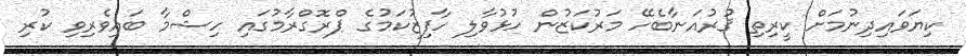
ކިޔަވައިދިނުމަށް ކީރިތި ޤުރުއަނާބެހޭ މަރުކަޒުން ހުޅުވާލި ހާފިޒުކަމުގެ ޕްރޮގްރާމުގައި ހިޝްމާ ބައިވެރިވި ކުރި